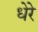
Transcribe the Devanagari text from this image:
धेरे